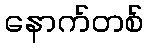
နောက်တစ်